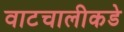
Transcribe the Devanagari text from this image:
वाटचालीकडे